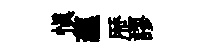
慎藴歴謬